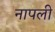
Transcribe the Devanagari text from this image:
नापली